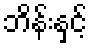
ဘိန်းနှင့်